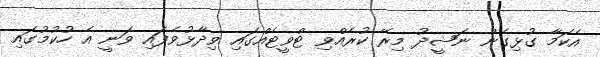
އެކަމާ ގުޅިގެން ނަޝީދު މިރޭ ކުރެއްވި ޓްވީޓެއްގައި ވިދާޅުވެފައި ވަނީ އެ ހުކުމުގައި